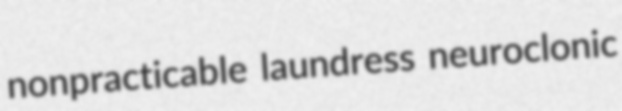
nonpracticable laundress neuroclonic